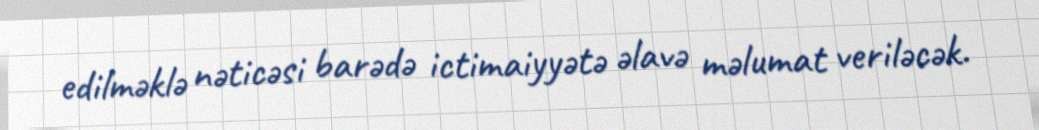
edilməklə nəticəsi barədə ictimaiyyətə əlavə məlumat veriləcək.